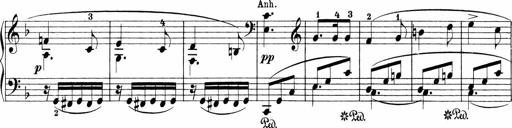
Title: Sonatinen Op.47, 98 und 136, nebst 6 Liedersonatinen
Composer: Carl Reinecke